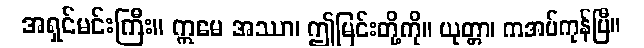
အရှင်မင်းကြီး။ ဣမေ အဿာ၊ ဤမြင်းတို့ကို။ ယုတ္တာ၊ ကအပ်ကုန်ပြီ။